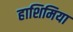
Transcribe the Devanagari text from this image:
हाशिमिया